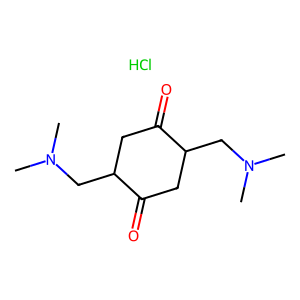
SMILES: CN(C)CC1CC(=O)C(CN(C)C)CC1=O.Cl
Inhibits HIV replication: No